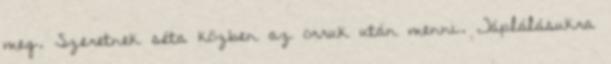
meg. Szeretnek séta közben az orruk után menni. Táplálásukra